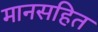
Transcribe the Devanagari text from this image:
मानसहित